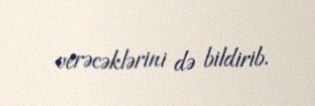
verəcəklərini də bildirib.